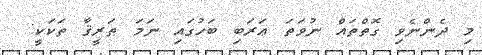
މި ދެންނެވި ގޮތްތައް ނުވަތަ ޢަރަބި ބަހުގައި ނަމަ ޠަރީޤާ ތަކަކީ: